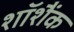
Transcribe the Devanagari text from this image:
शॉशैंक